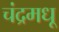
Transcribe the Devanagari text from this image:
चंद्रमधू